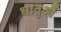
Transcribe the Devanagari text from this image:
धातुऔं